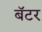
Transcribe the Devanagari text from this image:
बॅटर